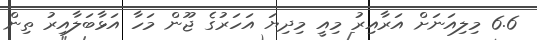
6.6 މިލިއަނަށް އަރާއިރު މިއީ މިދިޔަ އަހަރުގެ ޖޫން މަހާ އަޅާބަލާއިރު ތިން